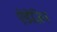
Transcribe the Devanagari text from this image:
ऐडेज़िन